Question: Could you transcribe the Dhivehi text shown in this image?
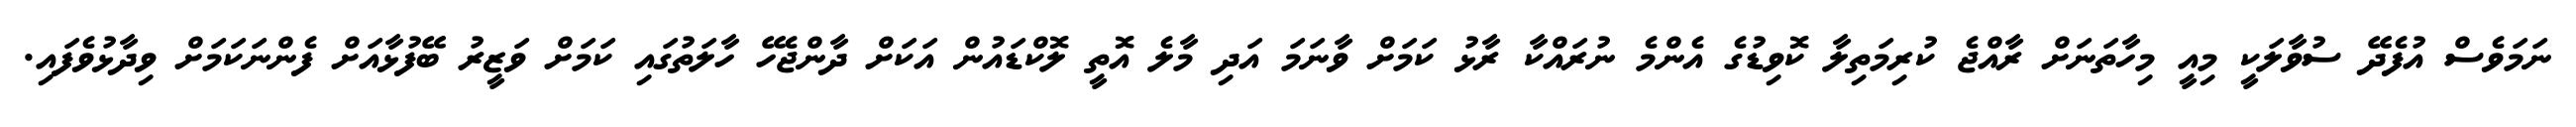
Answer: ނަމަވެސް އުފެދޭ ސުވާލަކީ މިއީ މިހާތަނަށް ރާއްޖެ ކުރިމަތިލާ ކޮވިޑުގެ އެންމެ ނުރައްކާ ރާޅު ކަމަށް ވާނަމަ އަދި މާލެ އޮތީ ލޮކްޑައުން އަކަށް ދާންޖެހޭ ހާލަތުގައި ކަމަށް ވަޒީރު ބޭފުޅާއަށް ފެންނަކަމަށް ވިދާޅުވެފައި.